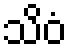
သိဝံ